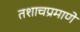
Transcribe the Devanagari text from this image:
तशाचप्रमाणे